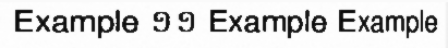
Example ១១ Example Example